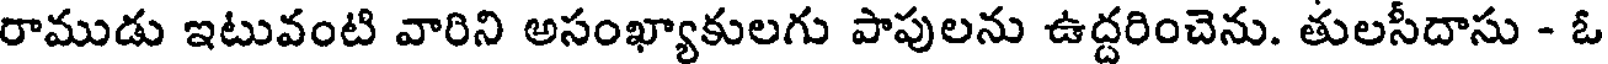
రాముడు ఇటువంటి వారిని అసంఖ్యాకులగు పాపులను ఉద్దరించెను. తులసీదాసు - ఓ